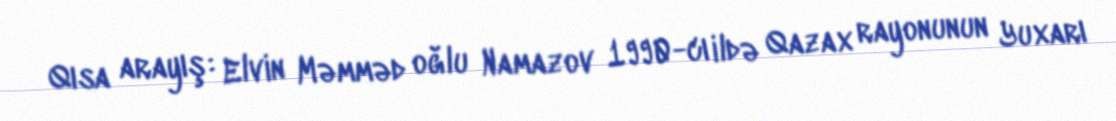
Qısa arayış: Elvin Məmməd oğlu Namazov 1990-cı ildə Qazax rayonunun Yuxarı